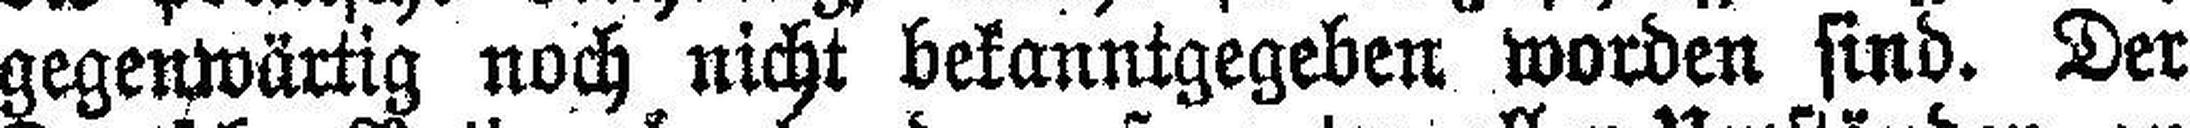
gegenwärtig noch nicht bekanntgegeben worden sind. Der